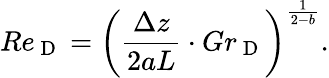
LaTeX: Re_{\mathrm{~D~}}=\left(\frac{\Delta z}{2aL}\cdot Gr_{\mathrm{~D~}}\right)^{\frac{1}{2-b}}.